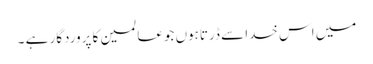
میں اس خدا سے ڈرتاہوں جوعالمین کا پروردگار ہے ۔